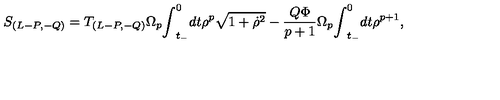
S _ { ( L - P , - Q ) } = T _ { ( L - P , - Q ) } { \Omega } _ { p } { \int } _ { t _ { - } } ^ { 0 } d t { \rho } ^ { p } \sqrt { 1 + { \dot { \rho } } ^ { 2 } } - \frac { Q { \Phi } } { p + 1 } { \Omega } _ { p } { \int } _ { t _ { - } } ^ { 0 } d t { \rho } ^ { p + 1 } ,